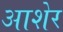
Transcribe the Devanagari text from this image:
आशेर